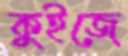
কুইজে